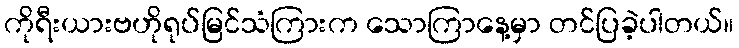
ကိုရီးယားဗဟိုရုပ်မြင်သံကြားက သောကြာနေ့မှာ တင်ပြခဲ့ပါတယ်။